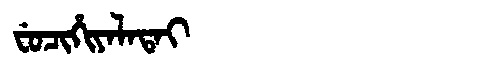
Manchu: ᠸᡠᠴᡳᡥᡳᠶᠠᠯᠠᡨᠠᡳ
Romanization: FUCIHIYALATAI